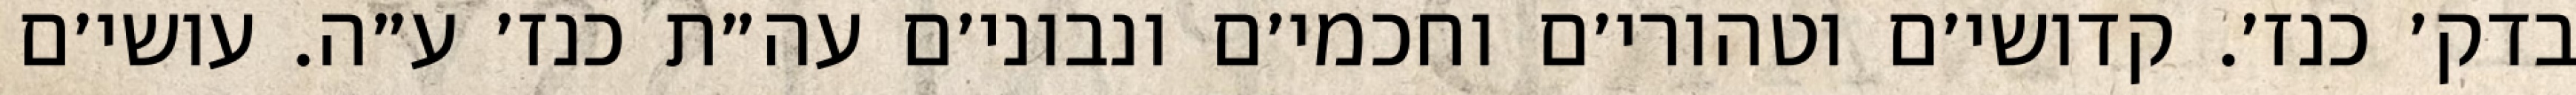
בדק׳ כנז׳. קדושי׳ם וטהורי׳ם וחכמי׳ם ונבוני׳ם עה״ת כנז׳ ע״ה. עושי׳ם